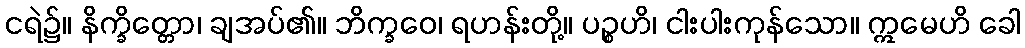
ငရဲ၌။ နိက္ခိတ္တော၊ ချအပ်၏။ ဘိက္ခဝေ၊ ရဟန်းတို့။ ပဉ္စဟိ၊ ငါးပါးကုန်သော။ ဣမေဟိ ခေါ